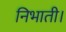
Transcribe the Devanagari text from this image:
निभाती।